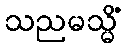
သညမသ္မိံ